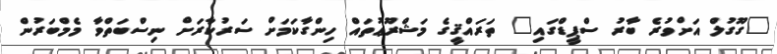
"ގޫގުލް އަށްވުރެ ބާރު ސްޕީޑްގައި" ތަރައްޤީގެ މަޝްރޫޢުތައް ހިންގާކަމަށް ސަރުކާރަށް ނިސްބަތްވާ މެމްބަރުން